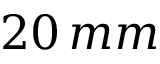
2 0 \, m m